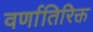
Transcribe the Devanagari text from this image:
वर्णातिरिक्त